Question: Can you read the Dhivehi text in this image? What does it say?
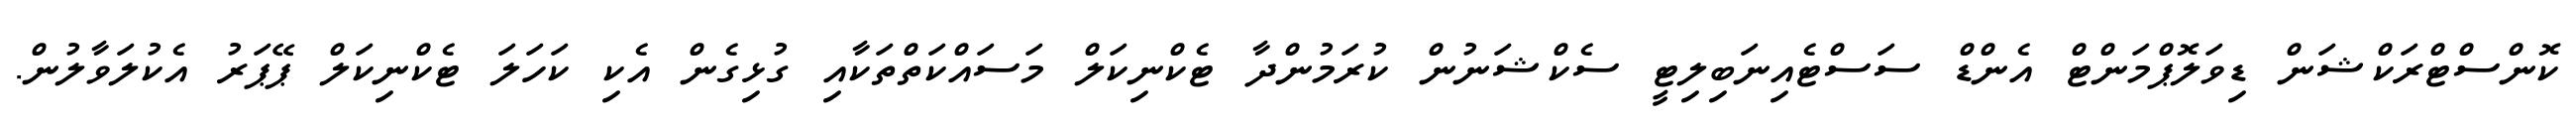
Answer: ކޮންސްޓްރަކްޝަން ޑިވަލޮޕްމަންޓް އެންޑް ސަސްޓެއިނަބިލިޓީ ސެކްޝަނުން ކުރަމުންދާ ޓެކްނިކަލް މަސައްކަތްތަކާއި ގުޅިގެން އެކި ކަހަލަ ޓެކްނިކަލް ޕޭޕަރު އެކުލަވާލުން.